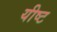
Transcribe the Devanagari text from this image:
यीष्ट